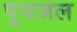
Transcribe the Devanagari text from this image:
पूयजल